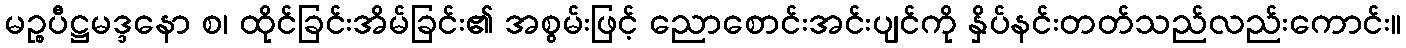
မဉ္စပီဋ္ဌမဒ္ဒနော စ၊ ထိုင်ခြင်းအိမ်ခြင်း၏ အစွမ်းဖြင့် ညောစောင်းအင်းပျင်ကို နှိပ်နင်းတတ်သည်လည်းကောင်း။